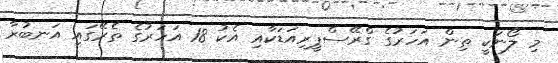
މި ލޯނަކީ ތިން އަހަރުގެ ގްރޭސްޕީރިއަޑަކާއި އެކު 18 އަހަރުގެ ތެރޭގައި އަނބުރާ